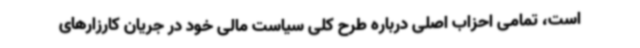
است، تمامی احزاب اصلی درباره طرح کلی سیاست مالی خود در جریان کارزارهای